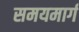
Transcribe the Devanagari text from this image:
समयमार्ग